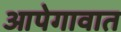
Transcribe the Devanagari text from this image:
आपेगावात